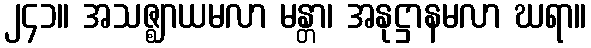
၂၄၁။ အသဇ္ဈာယမလာ မန္တာ၊ အနုဋ္ဌာနမလာ ဃရာ။